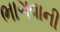
ભાગવાની